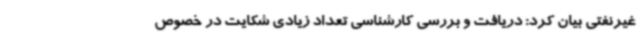
غیرنفتی بیان کرد: دریافت و بررسی کارشناسی تعداد زیادی شکایت در خصوص